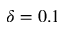
\delta = 0 . 1